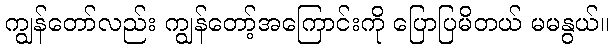
ကျွန်တော်လည်း ကျွန်တော့်အကြောင်းကို ပြောပြမိတယ် မမနွယ်။